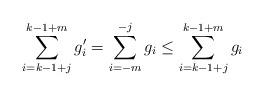
LaTeX: \begin{align*}\sum_{i=k-1+j}^{k-1+m}g'_i= \sum_{i=-m}^{-j}g_i\le \sum_{i=k-1+j}^{k-1+m}g_i\end{align*}